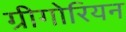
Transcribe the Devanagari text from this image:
ग्रीगोरियन